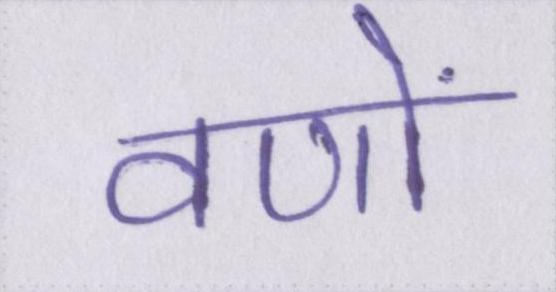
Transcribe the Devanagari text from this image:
वणों